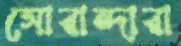
সোরান্দারা